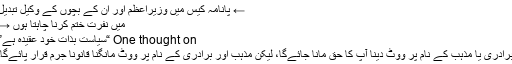
← پانامہ کیس میں وزیراعظم اور ان کے بچوں کے وکیل تبدیل
میں نفرت ختم کرنا چاہتا ہوں →
One thought on “سیاست بذات خود عقیدہ ہے”
برادری یا مذہب کے نام پر ووٹ دینا آپ کا حق مانا جائےگا، لیکن مذہب اور برادری کے نام پر ووٹ مانگنا قانوناً جرم قرار پائےگا۔